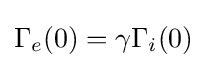
\Gamma _{e}(0)=\gamma \Gamma _{i}(0)